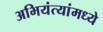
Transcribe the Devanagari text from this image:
अभियंत्यांमध्ये